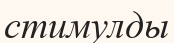
стимулды